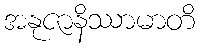
အနုဇာနိဿာမာတိ